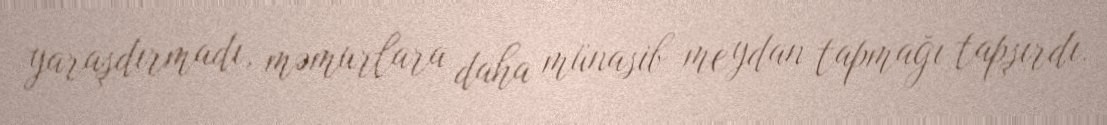
yaraşdırmadı, məmurlara daha münasib meydan tapmağı tapşırdı.